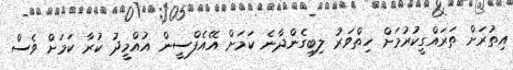
އިތުރަށް ތަރައްގީކުރުމަށް ހިތްވަރު ލިބިގެންދާނެ ކަމަށް އޭއެފްސީން އުއްމީދު ކުރާ ކަމަށް ވެސް